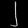
Digit: ၂